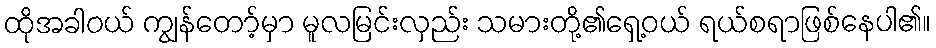
ထိုအခါဝယ် ကျွန်တော့်မှာ မူလမြင်းလှည်း သမားတို့၏ရှေ့ဝယ် ရယ်စရာဖြစ်နေပါ၏။